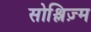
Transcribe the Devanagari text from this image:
सोश्लिज़्म